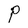
Character: P